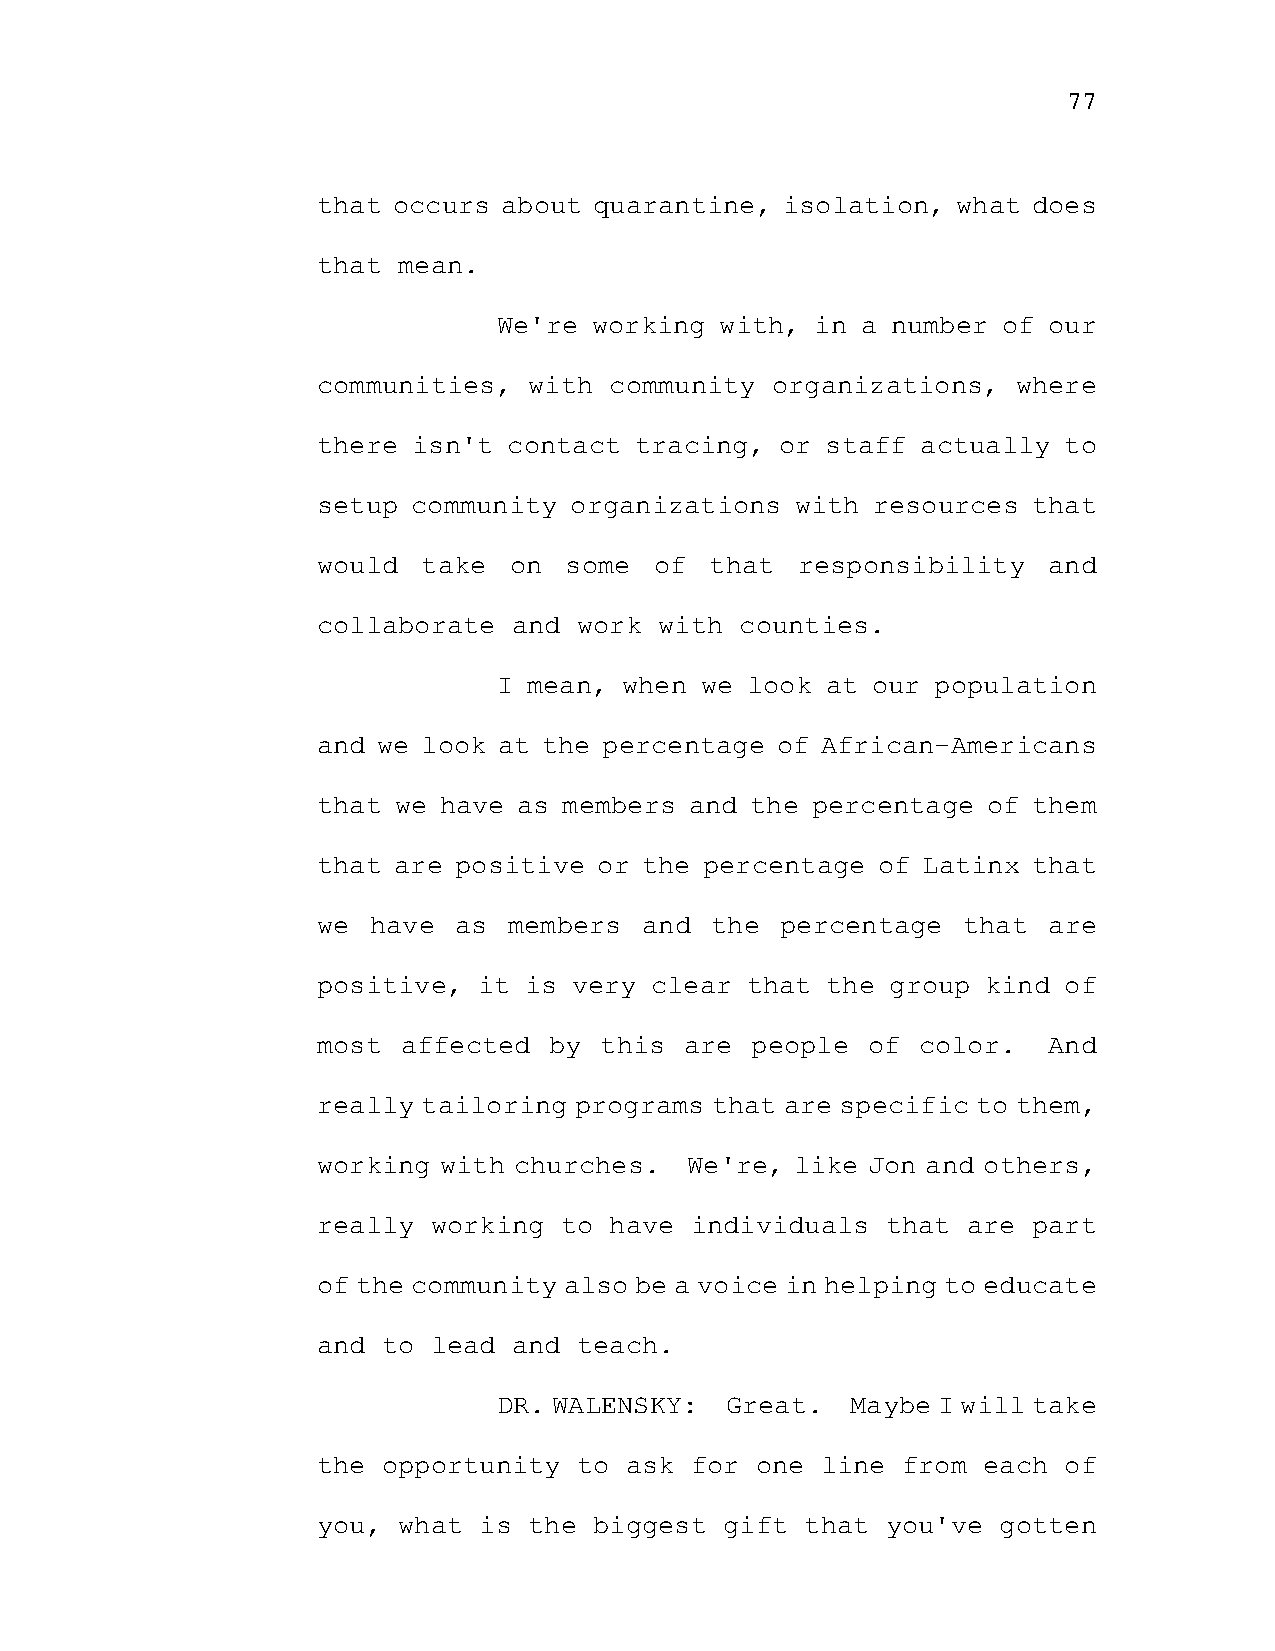
77
 that occurs about quarantine,  isolation, what does
 that mean.
 We're working  with, in a number of our
 communities,  with community  organizations,  where
 there isn't  contact tracing,  or staff actually to
 setup community  organizations  with resources that
 would  take  on some  of  that  responsibility  and
 collaborate  and work  with counties.
 I mean, when we look  at our population
 and we look at the percentage of African-Americans
 that we have as members  and the percentage of them
 that are positive  or the percentage of Latinx that
 we have  as  members  and the  percentage  that are
 positive,  it is very clear that  the group kind of
 most  affected by  this are  people of  color.  And
 really tailoring programs that are specific to them,
 working with churches.  We're,  like Jon and others,
 really  working to have  individuals  that are part
 of the community also be a voice in helping to educate
 and to  lead and teach.
 DR. WALENSKY:  Great.  Maybe I will take
 the opportunity  to ask  for one line  from each of
 you, what  is the biggest  gift that  you've gotten